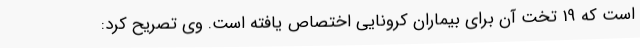
است که 19 تخت آن برای بیماران کرونایی اختصاص یافته است. وی تصریح کرد: